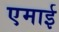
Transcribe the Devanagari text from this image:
एमाई